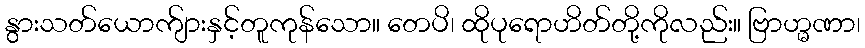
နွားသတ်ယောက်ျားနှင့်တူကုန်သော။ တေပိ၊ ထိုပုရောဟိတ်တို့ကိုလည်း။ ဗြာဟ္မဏာ၊